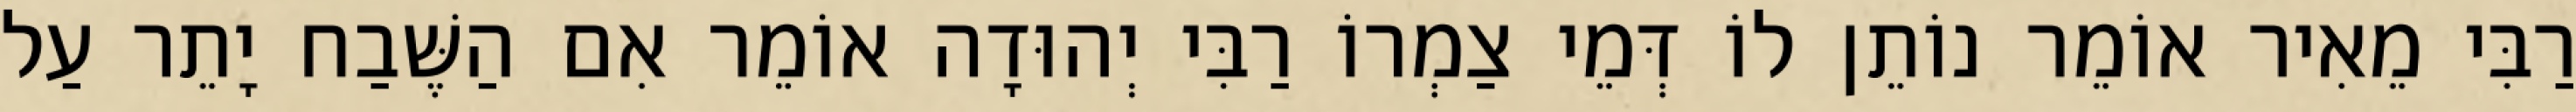
רַבִּי מֵאִיר אוֹמֵר נוֹתֵן לוֹ דְּמֵי צַמְרוֹ רַבִּי יְהוּדָה אוֹמֵר אִם הַשֶּׁבַח יָתֵר עַל